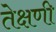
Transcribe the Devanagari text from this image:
तेक्षणी